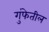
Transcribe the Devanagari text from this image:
गुंफेतील